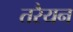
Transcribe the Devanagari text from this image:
तरैयन